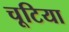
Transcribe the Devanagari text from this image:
चूटिया